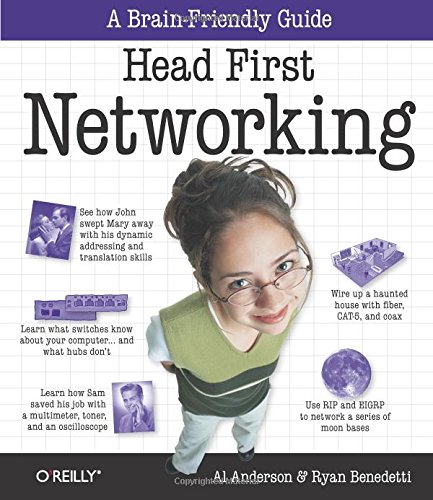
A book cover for Head First Networking; Al Anderson; Computers & Technology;